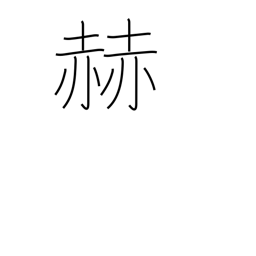
Meaning: brighten